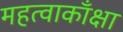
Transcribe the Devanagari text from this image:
महत्वाकाँक्षा